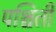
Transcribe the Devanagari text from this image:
पश्चिती